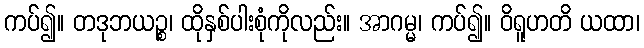
ကပ်၍။ တဒုဘယဉ္စ၊ ထိုနှစ်ပါးစုံကိုလည်း။ အာဂမ္မ၊ ကပ်၍။ ဝိရူဟတိ ယထာ၊